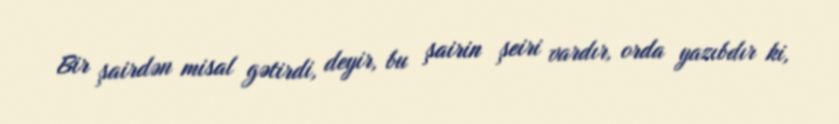
Bir şairdən misal gətirdi, deyir, bu şairin şeiri vardır, orda yazıbdır ki,